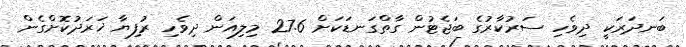
ބަނދަރަކީ ދިވެހި ސަރުކާރުގެ ބަޖެޓުން ގާތްގަނޑަކަށް 27.6 މިލިއަން ދިވެހި ރުފިޔާ ޚަރަދުކޮށްގެން